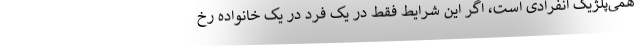
همی‌پلژیک انفرادی است، اگر این شرایط فقط در یک فرد در یک خانواده رخ